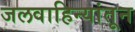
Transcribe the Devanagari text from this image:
जलवाहिन्यांतून